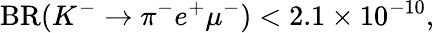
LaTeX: \mathrm{BR}(K^{-}\rightarrow\pi^{-}e^{+}\mu^{-})<2.1\times 10^{-10},